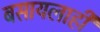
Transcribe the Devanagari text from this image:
बसायलाही